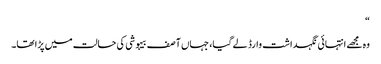
“
وہ مجھے انتہائی نگہداشت وارڈ لے گیا، جہاں آصف بیہوشی کی حالت میں پڑا تھا۔